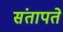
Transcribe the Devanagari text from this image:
संतापते